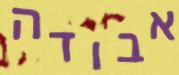
אבודה